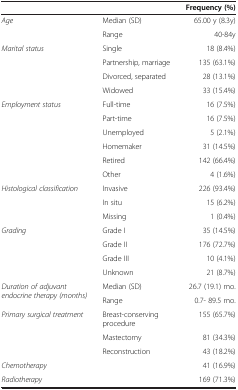
| <COLSPAN=2>  | Frequency (%) |
 | --- | --- | --- |
 | Age | Median (SD) | 65.00 y (8.3y) |
 |  | Range | 40-84y |
 | Marital status | Single | 18 (8.4%) |
 |  | Partnership, marriage | 135 (63.1%) |
 |  | Divorced, separated | 28 (13.1%) |
 |  | Widowed | 33 (15.4%) |
 | Employment status | Full-time | 16 (7.5%) |
 |  | Part-time | 16 (7.5%) |
 |  | Unemployed | 5 (2.1%) |
 |  | Homemaker | 31 (14.5%) |
 |  | Retired | 142 (66.4%) |
 |  | Other | 4 (1.6%) |
 | Histological classification | Invasive | 226 (93.4%) |
 |  | In situ | 15 (6.2%) |
 |  | Missing | 1 (0.4%) |
 | Grading | Grade I | 35 (14.5%) |
 |  | Grade II | 176 (72.7%) |
 |  | Grade III | 10 (4.1%) |
 |  | Unknown | 21 (8.7%) |
 | Duration of adjuvant endocrine therapy (months) | Median (SD) | 26.7 (19.1) mo. |
 |  | Range | 0.7- 89.5 mo. |
 | Primary surgical treatment | Breast-conserving procedure | 155 (65.7%) |
 |  | Mastectomy | 81 (34.3%) |
 |  | Reconstruction | 43 (18.2%) |
 | Chemotherapy |  | 41 (16.9%) |
 | Radiotherapy |  | 169 (71.3%) |